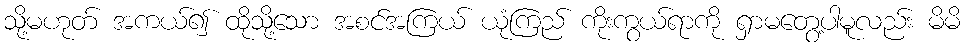
သို့မဟုတ် အကယ်၍ ထိုသို့သော အစင်အကြယ် ယုံကြည် ကိုးကွယ်ရာကို ရှာမတွေ့ပါမူလည်း မိမိ